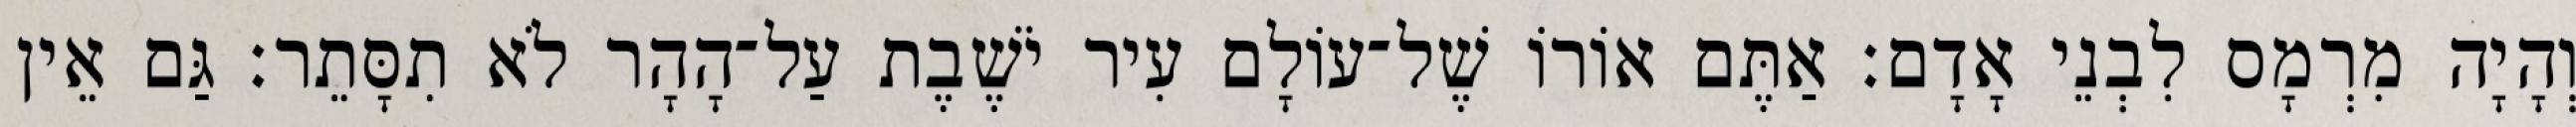
וְהָיָה מִרְמָס לִבְנֵי אָדָם׃ אַתֶּם אוֹרוֹ שֶׁל־עוֹלָם עִיר יֹשֶׁבֶת עַל־הָהָר לֹא תִסָּתֵר׃ גַּם אֵין